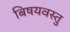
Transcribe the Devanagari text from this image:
बिषयवस्तु